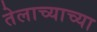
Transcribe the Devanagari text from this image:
तेलाच्याच्या